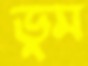
ডুম